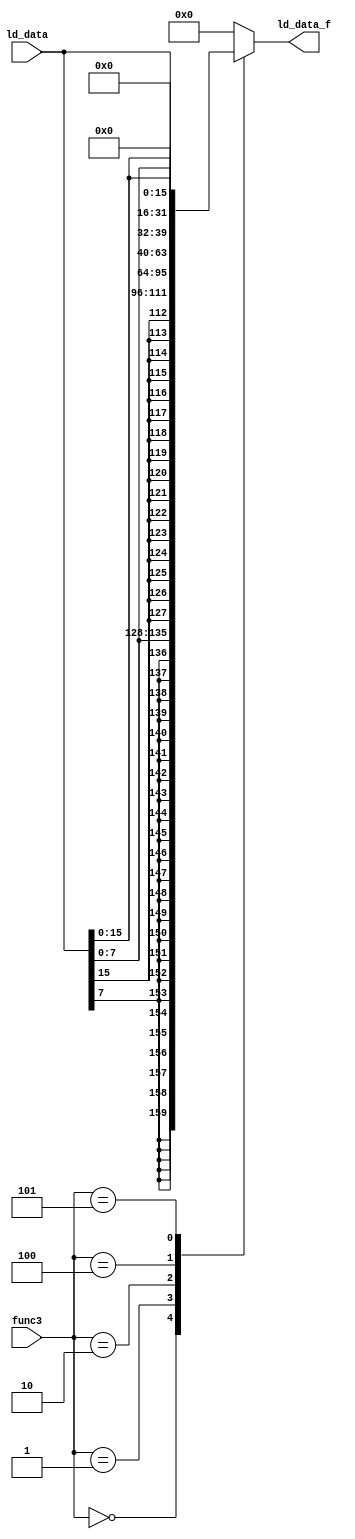
module LD_Filter (
input [2:0] func3,
input [31:0] ld_data,
output reg [31:0] ld_data_f
);
always @(*) begin
    case(func3)
        3'b000 : ld_data_f = {{24{ld_data[7]}}, ld_data[7:0]};  //lb
        3'b001 : ld_data_f = {{16{ld_data[15]}}, ld_data[15:0]}; //lh
        3'b010 : ld_data_f = ld_data ;                  //lw
        3'b100 : ld_data_f = {24'b0, ld_data[7:0]};     //lbu
        3'b101 : ld_data_f = {16'b0, ld_data[15:0]};    //lhu
        default : ld_data_f = 32'b0;
    endcase    
end
endmodule